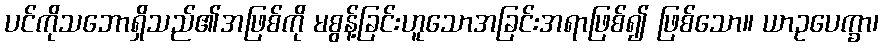
ပင်ကိုသဘောရှိသည်၏အဖြစ်ကို မစွန့်ခြင်းဟူသောအခြင်းအရာဖြစ်၍ ဖြစ်သော။ ယာဥပေက္ခာ၊